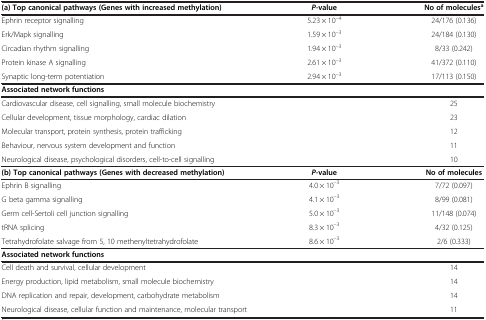
| (a) Top canonical pathways (Genes with increased methylation) | P-value | No of moleculesa |
 | --- | --- | --- |
 | Ephrin receptor signalling | 5.23 × 10–4 | 24/176 (0.136) |
 | Erk/Mapk signalling | 1.59 × 10–3 | 24/184 (0.130) |
 | Circadian rhythm signalling | 1.94 × 10–3 | 8/33 (0.242) |
 | Protein kinase A signalling | 2.61 × 10–3 | 41/372 (0.110) |
 | Synaptic long-term potentiation | 2.94 × 10–3 | 17/113 (0.150) |
 | <COLSPAN=2> Associated network functions |  |
 | <COLSPAN=2> Cardiovascular disease, cell signalling, small molecule biochemistry | 25 |
 | <COLSPAN=2> Cellular development, tissue morphology, cardiac dilation | 23 |
 | <COLSPAN=2> Molecular transport, protein synthesis, protein trafficking | 12 |
 | <COLSPAN=2> Behaviour, nervous system development and function | 11 |
 | <COLSPAN=2> Neurological disease, psychological disorders, cell-to-cell signalling | 10 |
 | (b) Top canonical pathways (Genes with decreased methylation) | P-value | No of molecules |
 | Ephrin B signalling | 4.0 × 10–3 | 7/72 (0.097) |
 | G beta gamma signalling | 4.1 × 10–3 | 8/99 (0.081) |
 | Germ cell-Sertoli cell junction signalling | 5.0 × 10–3 | 11/148 (0.074) |
 | tRNA splicing | 8.3 × 10–3 | 4/32 (0.125) |
 | Tetrahydrofolate salvage from 5, 10 methenyltetrahydrofolate | 8.6 × 10–3 | 2/6 (0.333) |
 | Associated network functions |  |  |
 | <COLSPAN=2> Cell death and survival, cellular development | 14 |
 | <COLSPAN=2> Energy production, lipid metabolism, small molecule biochemistry | 14 |
 | <COLSPAN=2> DNA replication and repair, development, carbohydrate metabolism | 14 |
 | <COLSPAN=2> Neurological disease, cellular function and maintenance, molecular transport | 11 |